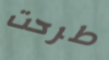
طرحت